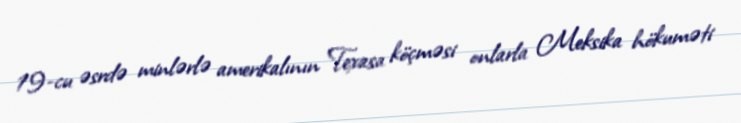
19-cu əsrdə minlərlə amerikalının Texasa köçməsi onlarla Meksika hökuməti